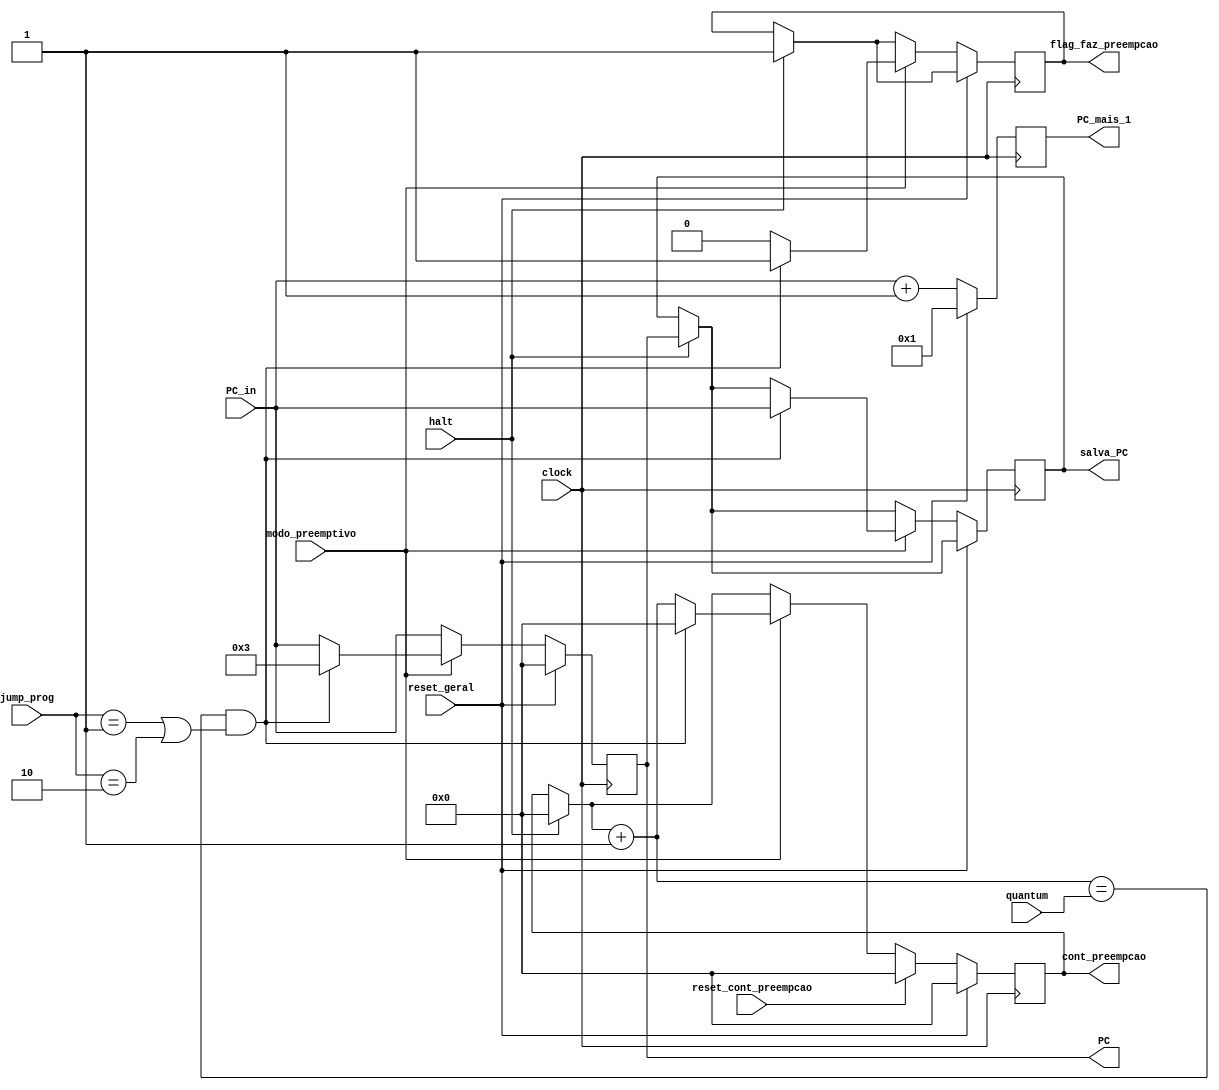
module Program_Counter (input clock, input [31:0] PC_in, input reset_geral, input modo_preemptivo, 
								input reset_cont_preempcao, input [4:0] quantum, input halt, input [1:0] jump_prog,

								output reg [31:0] PC, output reg [31:0] PC_mais_1, output reg [31:0] cont_preempcao,
								output reg flag_faz_preempcao, output reg [31:0] salva_PC);

	

	
	
	initial begin
	
		PC = 0;
		PC_mais_1 = 1;
		cont_preempcao = 0;
		flag_faz_preempcao = 0;
	
	end
	
	
	

	always @ (posedge clock)
	begin
		
		if (halt == 1) begin
			
			salva_PC = PC; //salvando para saber onde voltar dps da preemp
			flag_faz_preempcao = 1; //ativa a flag
			
			PC = 3; //PC = numero da linha que eu desejo voltar para o SO
			cont_preempcao = 0;
			
		end
		
		if (reset_geral == 1)begin
						
			PC = 0;
			PC_mais_1 = 1;
			cont_preempcao = 0;
			
		end
		else begin
		
			if (modo_preemptivo == 0)begin //modo sequencial SEM preempcao
			
				PC = PC_in;
				PC_mais_1 = PC + 1;
				
			end
			
			else begin //modo COM preempcao 
			
				PC = PC_in;
				PC_mais_1 = PC + 1;
				cont_preempcao = cont_preempcao + 1;
				
				//apenas faca a preempcao se nao for o SO que estiver executando
				if (cont_preempcao == quantum && (jump_prog == 1 || jump_prog == 2))begin //bateu o quantum
					
					salva_PC = PC; //salvando para saber onde voltar dps da preemp
					flag_faz_preempcao = 1; //ativa a flag
					
					PC = 3; //PC = numero da linha que eu desejo voltar para o SO
					cont_preempcao = 0;
					
					
				
				end
				else begin
					flag_faz_preempcao = 0;
				end
				
			end
			
			if (reset_cont_preempcao == 1) begin //nao irei mais usar isso, gastaria uma instrucao a mais
			
				cont_preempcao = 0;
			
			end
		
		end
			
		
	end


endmodule